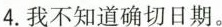
4.我不知道确切日期。